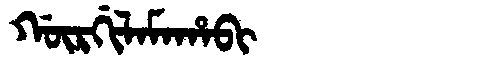
Manchu: ᡤᡡᡵᡤᡳᠯᠠᠮᠠᡥᠠᠪᡳ
Romanization: GŪRGILAMAHABI